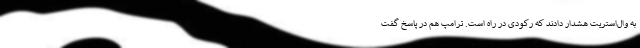
به وال‌استریت هشدار دادند که رکودی در راه است. ترامپ هم در پاسخ گفت